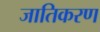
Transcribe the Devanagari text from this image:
जातिकरण